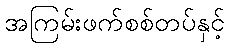
အကြမ်းဖက်စစ်တပ်နှင့်